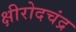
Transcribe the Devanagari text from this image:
क्षीरोदचंद्र